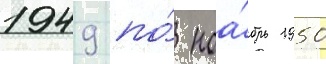
1949 по́ ноа́брь 1950